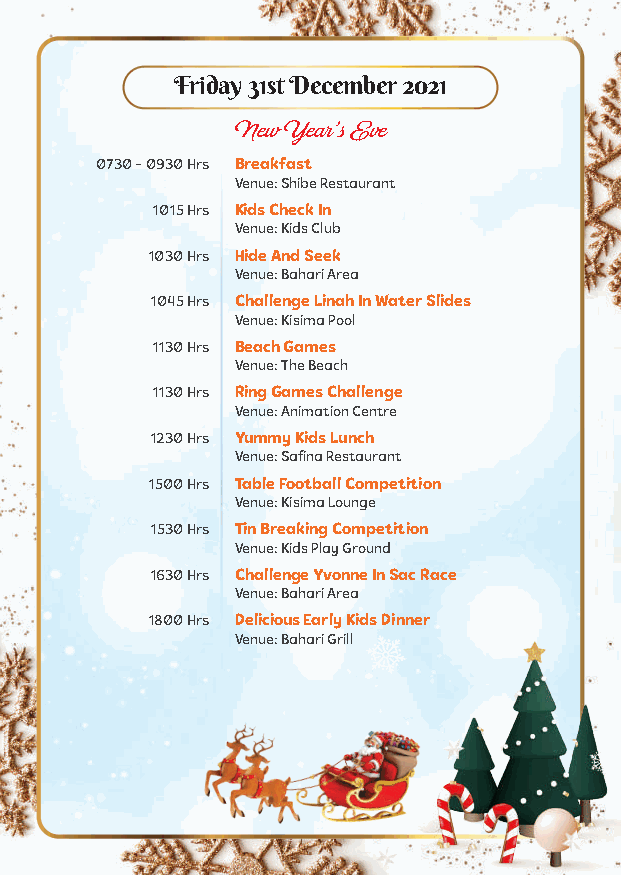
Friday 31st December 2021
 New Year’s Eve
 0730 - 0930 Hrs Breakfast
 Venue: Shibe Restaurant
 1015 Hrs Kids Check In
 Venue: Kids Club
 1030 Hrs Hide And Seek
 Venue: Bahari Area
 1045 Hrs Challenge Linah In Water Slides
 Venue: Kisima Pool
 1130 Hrs Beach Games
 Venue: The Beach
 1130 Hrs Ring Games Challenge
 Venue: Animation Centre
 1230 Hrs Yummy Kids Lunch
 Venue: Safina Restaurant
 1500 Hrs Table Football Competition
 Venue: Kisima Lounge
 1530 Hrs Tin Breaking Competition
 Venue: Kids Play Ground
 1630 Hrs Challenge Yvonne In Sac Race
 Venue: Bahari Area
 1800 Hrs Delicious Early Kids Dinner
 Venue: Bahari Grill